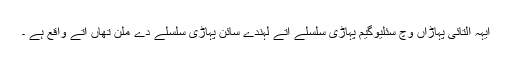
ایہہ التائی پہاڑاں وچّ سئلیوگیم​ پہاڑی سلسلے اتے لہندے سائن پہاڑی سلسلے دے ملن تھاں اتے واقع ہے ۔